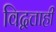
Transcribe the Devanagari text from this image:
विद्वत्ताही